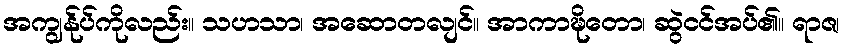
အကျွန်ုပ်ကိုလည်း။ သဟသာ၊ အဆောတလျင်။ အာကာဍ္ဎိတော၊ ဆွဲငင်အပ်၏။ ရာဇ၊